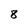
Character: 8